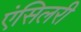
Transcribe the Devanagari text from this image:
एंसिलरी